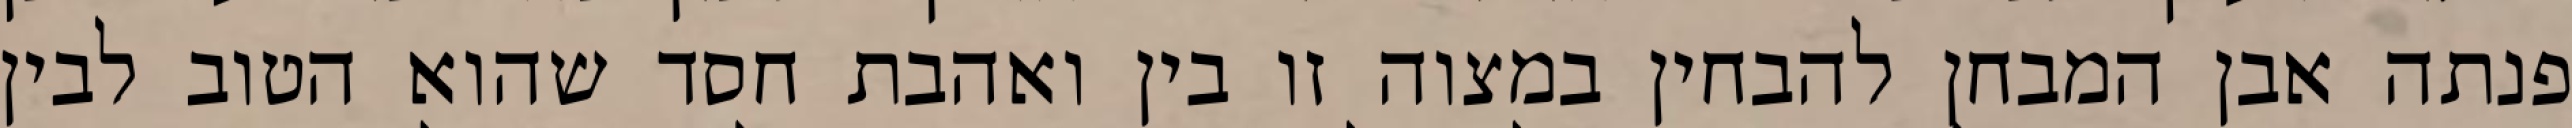
פנתה אבן המבחן להבחין במצוה זו בין ואהבת חסד שהוא הטוב לבין